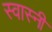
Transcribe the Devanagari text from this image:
स्वास्नी